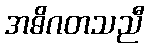
အဓိဂတသညီ